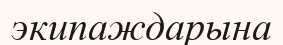
экипаждарына